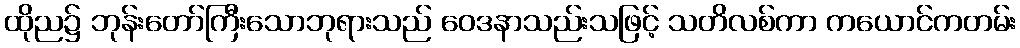
ထိုည၌ ဘုန်းတော်ကြီးသောဘုရားသည် ဝေဒနာသည်းသဖြင့် သတိလစ်ကာ ကယောင်ကတမ်း